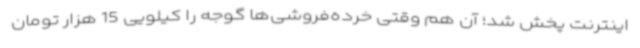
اینترنت پخش شد؛ آن هم وقتی خرده‌فروشی‌ها گوجه را کیلویی 15 هزار تومان